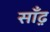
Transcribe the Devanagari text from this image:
साँढ़़